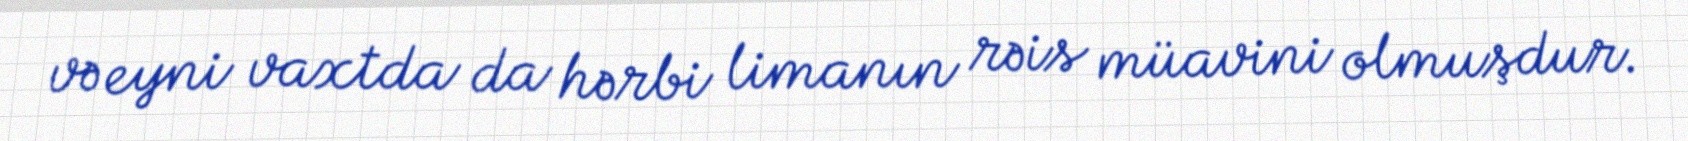
və eyni vaxtda da hərbi limanın rəis müavini olmuşdur.